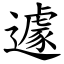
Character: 遽